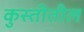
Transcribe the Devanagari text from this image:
कुस्तीतील